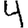
Digit: 4